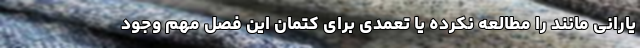
یارانی مانند را مطالعه نکرده یا تعمدی برای کتمان این فصل مهم وجود